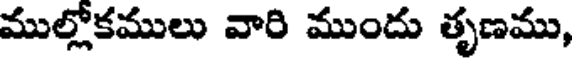
ముల్లోకములు వారి ముందు తృణము,